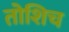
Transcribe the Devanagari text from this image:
तोशिच